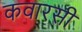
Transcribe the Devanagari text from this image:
कवारसी